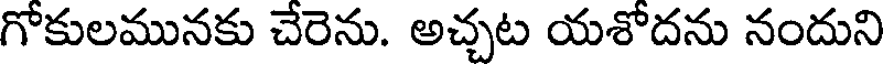
గోకులమునకు చేరెను. అచ్చట యశోదను నందుని